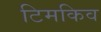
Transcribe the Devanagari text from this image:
टिमकिव